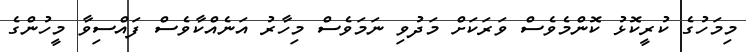
މިމަހުގެ ކުރީކޮޅު ކޮންމެވެސް ވަރަކަށް މަދުވި ނަމަވެސް މިހާރު އަނެއްކާވެސް ފައްސިވާ މީހުންގެ